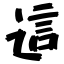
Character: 這